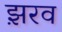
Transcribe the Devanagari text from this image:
झ़रव